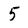
Character: 5